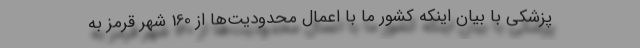
پزشکی با بیان اینکه کشور ما با اعمال محدودیت‌ها از 160 شهر قرمز به